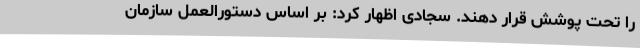
را تحت پوشش قرار دهند. سجادی اظهار کرد: بر اساس دستورالعمل سازمان